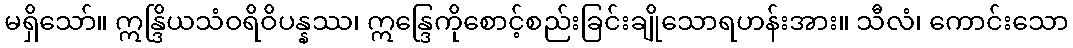
မရှိသော်။ ဣန္ဒြိယသံဝရိဝိပန္နဿ၊ ဣန္ဒြေကိုစောင့်စည်းခြင်းချိုသောရဟန်းအား။ သီလံ၊ ကောင်းသော